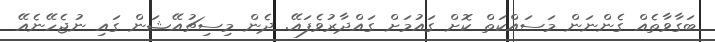
ބަގާވާތެއް ގެންނަން މަސައްކަތް ކޮށް ގައުމަށް ގައްދާރުވެފައޭ. ދެން މިސިޗުއޭޝަން ގައި ނުޖެހޭނެއޭ